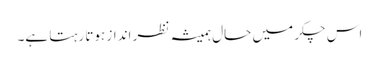
اس چکر میں حال ہمیشہ نظر انداز ہوتا رہتا ہے۔